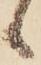
ゝ